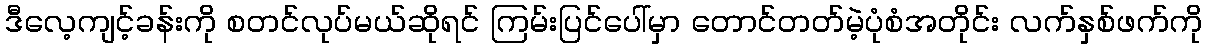
ဒီလေ့ကျင့်ခန်းကို စတင်လုပ်မယ်ဆိုရင် ကြမ်းပြင်ပေါ်မှာ တောင်တတ်မဲ့ပုံစံအတိုင်း လက်နှစ်ဖက်ကို